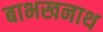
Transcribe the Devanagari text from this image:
बाभखनाथ